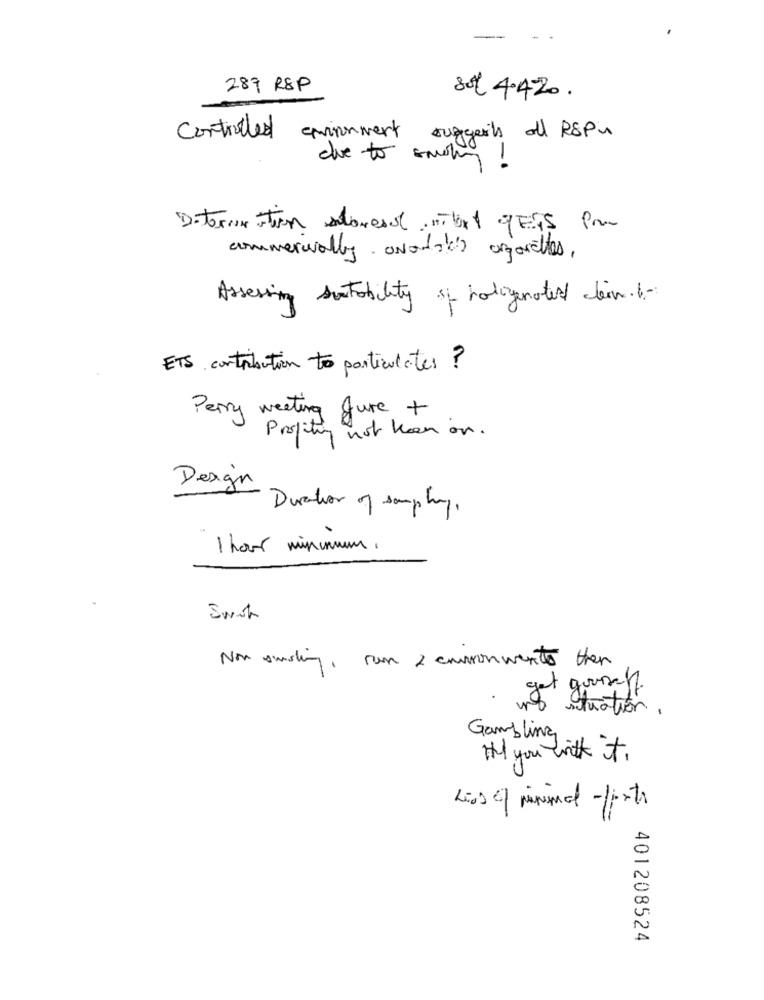
289 RSP
sol 4.420.
environment
Controlled
suggests all RSPi
08
due to smoth
-
commercially avatak orgovettes,
Assessing suitability if rotogenated cliente
ETS contribution to particulates ?
Perry weeting fure +
Profiting not keen on.
Design
Duration of somphy.
1 hour minimum .
Non suslin, run 2 emmonments then
get yourself
situation .
Gambling
If you with it.
401208524